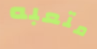
متعبه